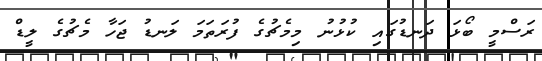
ރަސްމީ ބޯޅަ ދަނޑުގައި ކުޅުނު މިމެޗުގެ ފުރަތަމަ ލަނޑު ޖަހާ މެޗުގެ ލީޑް